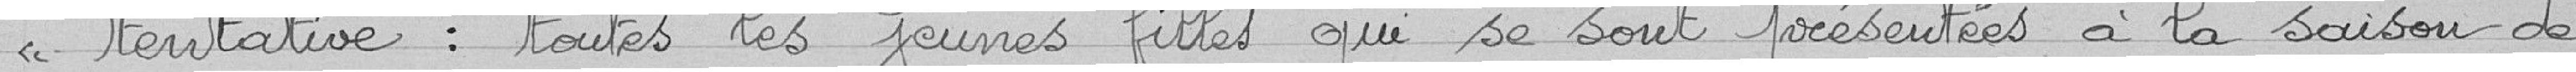
"tentative : toutes les jeunes filles qui se sont présentés à la saison de